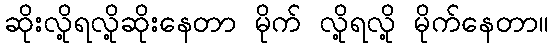
ဆိုးလို့ရလို့ဆိုးနေတာ မိုက် လို့ရလို့ မိုက်နေတာ။